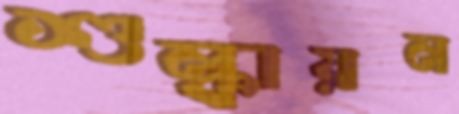
শুল্কায়ন